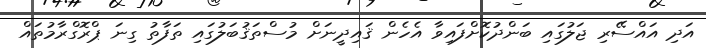
އަދި އައްސޭރި ޖަލުގައި ބަންދުކޮށްފައިވާ އެހެން ޤައިދީނަށް މުސްތަޤުބަލުގައި ތަފާތު ގިނަ ޕްރޮގްރާމުތައް